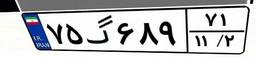
۷۵گ۶۸۹۷۱